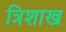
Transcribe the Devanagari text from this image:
त्रिशाख